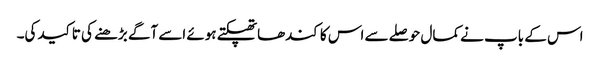
اس کے باپ نے کمال حوصلے سے اس کا کندھاتھپکتے ہوئے اسے آگے بڑھنے کی تاکید کی۔